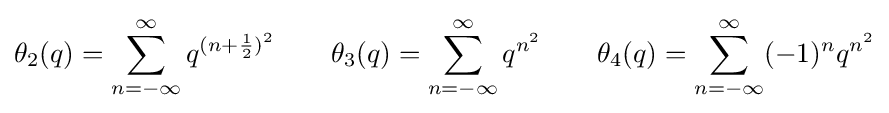
\theta _{2}(q)=\sum _{n=-\infty }^{\infty }q^{(n+{\frac {1}{2}})^{2}}\qquad \theta _{3}(q)=\sum _{n=-\infty }^{\infty }q^{n^{2}}\qquad \theta _{4}(q)=\sum _{n=-\infty }^{\infty }(-1)^{n}q^{n^{2}}